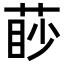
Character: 𦳥